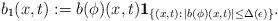
LaTeX: \begin{align*}b_1(x,t):=b(\phi)(x,t)\mathbf{1}_{\{(x,t):\,|b(\phi)(x,t)|\leq \Delta(\epsilon)\}}.\end{align*}